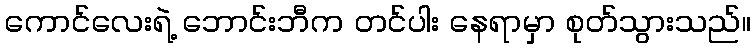
ကောင်လေးရဲ့ ဘောင်းဘီက တင်ပါး နေရာမှာ စုတ်သွားသည်။